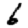
Digit: 6